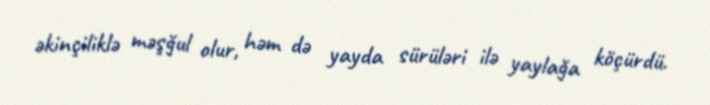
əkinçiliklə məşğul olur, həm də yayda sürüləri ilə yaylağa köçürdü.